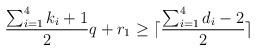
\begin{align*} \frac{\sum_{i=1}^4 k_i + 1}{2} q + r_1 \ge \lceil \frac{\sum_{i=1}^4 d_i -2}{2} \rceil\end{align*}